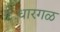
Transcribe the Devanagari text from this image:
धारगळ